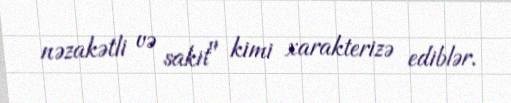
nəzakətli və sakit" kimi xarakterizə ediblər.